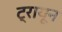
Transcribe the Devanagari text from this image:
ट्रायून